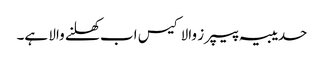
حدیبیہ پیپرز والا کیس اب کھلنے والا ہے۔